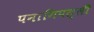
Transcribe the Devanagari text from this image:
पनागिपल्ली